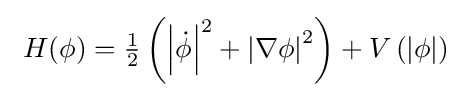
\ H(\phi )={\tfrac {1}{2}}\left(\left|{\dot {\phi }}\right|^{2}+\left|\nabla \phi \right|^{2}\right)+V\left(\left|\phi \right|\right)~